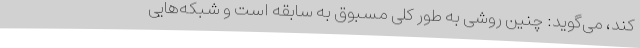
کند، می‌گوید: چنین روشی به طور کلی مسبوق به سابقه است و شبکه‌هایی